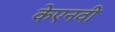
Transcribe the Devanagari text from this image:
केएनवी